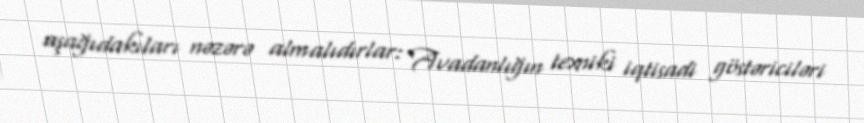
aşağıdakıları nəzərə almalıdırlar: Avadanlığın texniki iqtisadi göstəriciləri